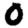
Digit: 0